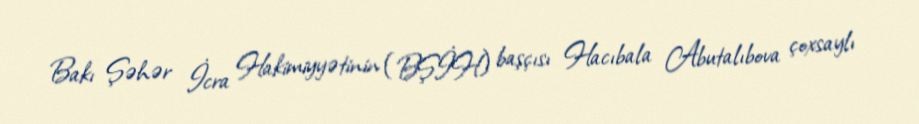
Bakı Şəhər İcra Hakimiyyətinin (BŞİH) başçısı Hacıbala Abutalıbova çoxsaylı